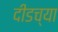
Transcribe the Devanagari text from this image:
दीडच्या